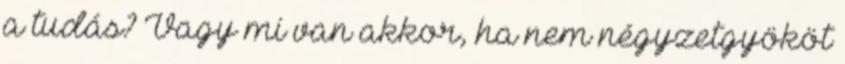
a tudás? Vagy mi van akkor, ha nem négyzetgyököt